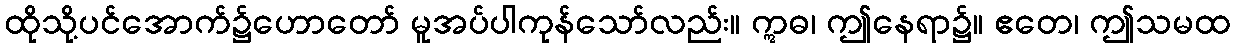
ထိုသို့ပင်အောက်၌ဟောတော် မူအပ်ပါကုန်သော်လည်း။ ဣဓ၊ ဤနေရာ၌။ ဧတေ၊ ဤသမထ